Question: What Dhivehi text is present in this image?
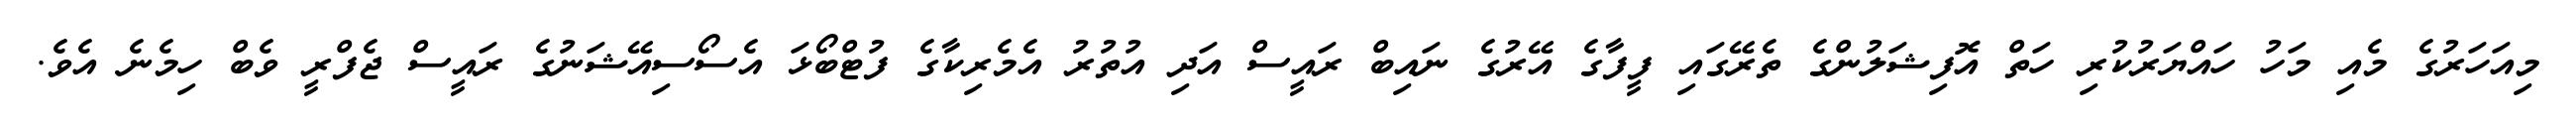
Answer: މިއަހަރުގެ މެއި މަހު ހައްޔަރުކުރި ހަތް އޮފިޝަލުންގެ ތެރޭގައި ފީފާގެ އޭރުގެ ނައިބް ރައީސް އަދި އުތުރު އެމެރިކާގެ ފުޓްބޯޅަ އެސޯސިއޭޝަނުގެ ރައީސް ޖެފްރީ ވެބް ހިމެނެ އެވެ.